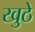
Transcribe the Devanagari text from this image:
खुठे